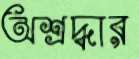
অশ্রদ্ধার